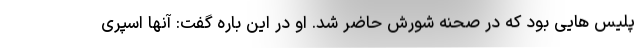
پلیس هایی بود که در صحنه شورش حاضر شد. او در این باره گفت: آنها اسپری